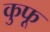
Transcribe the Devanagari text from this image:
कुफू